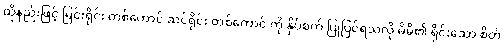
ထိုနည်းဖြင့် မြင်းရိုင်း တစ်ကောင် ဆင်ရိုင်း တစ်ကောင် ကို နှိပ်စက် ပြုပြင်ရသလို မိမိ၏ ရိုင်းသော စိတ်